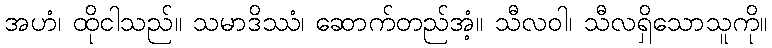
အဟံ၊ ထိုငါသည်။ သမာဒိဿံ၊ ဆောက်တည်အံ့။ သီလဝါ၊ သီလရှိသောသူကို။